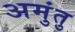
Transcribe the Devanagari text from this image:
अमुंतु